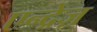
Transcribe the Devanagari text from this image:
एन्द्रेज़